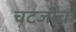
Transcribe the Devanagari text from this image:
चटर्जींचा